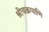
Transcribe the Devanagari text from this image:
श्रीचक्रपाणि